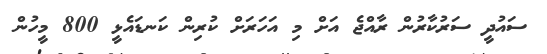
ސައުދީ ސަރުކާރުން ރާއްޖެ އަށް މި އަހަރަށް ކުރިން ކަނޑައެޅީ 800 މީހުން